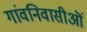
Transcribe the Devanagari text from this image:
गांवनिवासीऒं